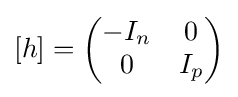
[h]={\begin{pmatrix}-I_{n}&0\\0&I_{p}\end{pmatrix}}